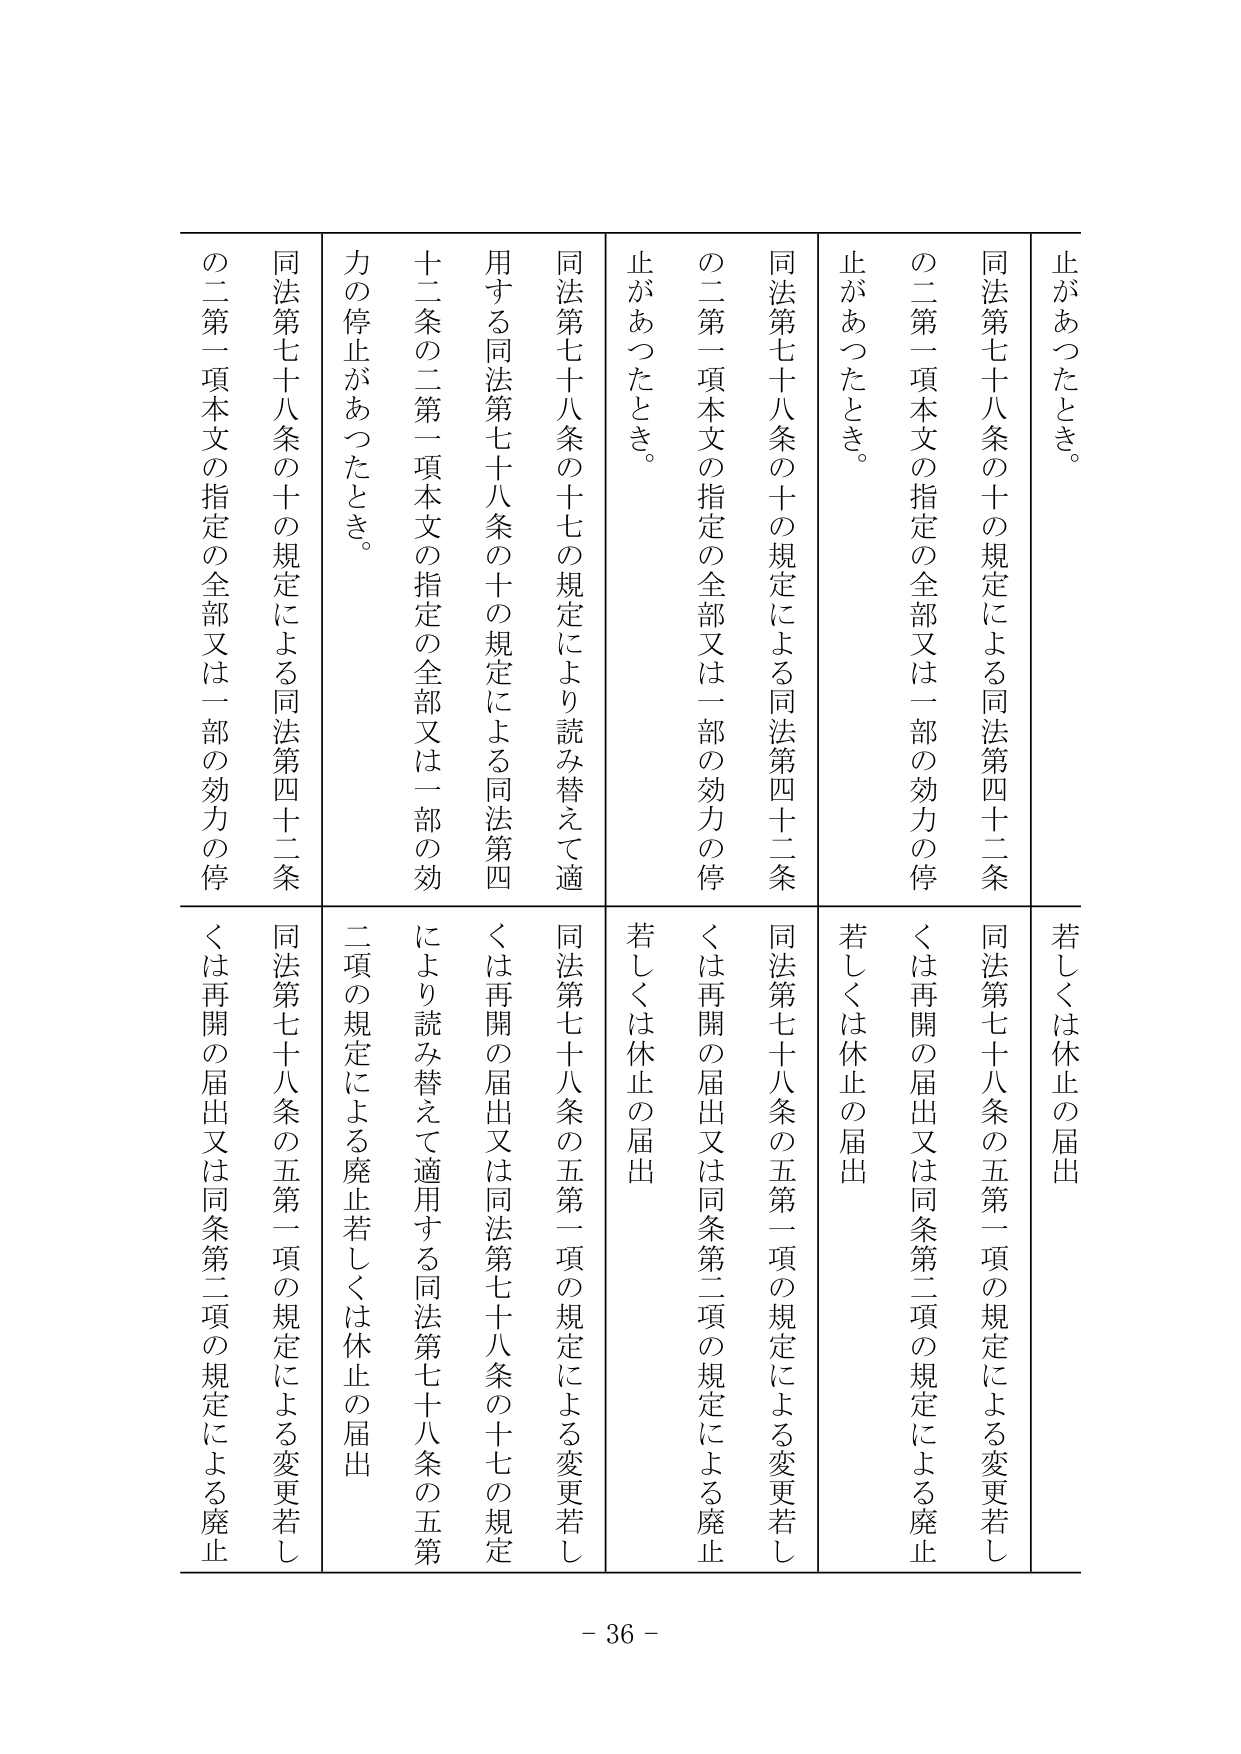
止があったとき。
同法第七十八条の十の規定による同法第四十二条
の二第一項本文の指定の全部又は一部の効力の停
止があったとき。
同法第七十八条の十の規定による同法第四十二条
の二第一項本文の指定の全部又は一部の効力の停
止があったとき。
同法第七十八条の十七の規定により読み替えて適
用する同法第七十八条の十の規定による同法第四
十二条の二第一項本文の指定の全部又は一部の効
力の停止があったとき。
同法第七十八条の十の規定による同法第四十二条
の二第一項本文の指定の全部又は一部の効力の停
止があったとき。
若しくは休止の届出
同法第七十八条の五第一項の規定による変更若し
くは再開の届出又は同条第二項の規定による廃止
若しくは休止の届出
同法第七十八条の五第一項の規定による変更若し
くは再開の届出又は同条第二項の規定による廃止
若しくは休止の届出
同法第七十八条の五第一項の規定による変更若し
くは再開の届出又は同条第二項の規定による廃止
二項の規定による廃止若しくは休止の届出
同法第七十八条の五第一項の規定による変更若し
くは再開の届出又は同条第二項の規定による廃止
により読み替えて適用する同法第七十八条の五第
二項の規定による廃止若しくは休止の届出
- 36 -